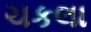
ચકલા